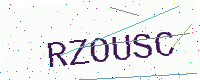
Text: RZOUSC